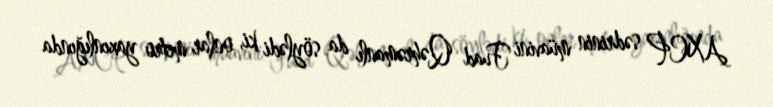
AXCP sədrinin müavini Fuad Qəhrəmanlı da söylədi ki, onlar metro yaxınlığında